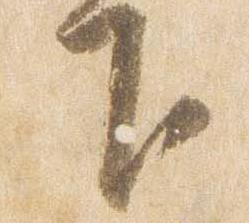
下